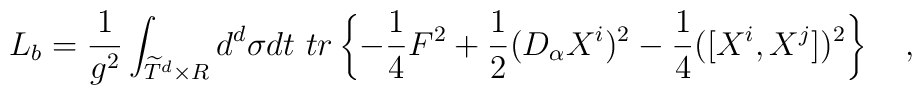
L_b = {1\over {g^2}} \int_{\widetilde{T}^d\times R} d^d\sigma dt\ tr \left \{-{1\over4} F^2 + {1\over2} (D_\alpha X^i)^2 -{1\over4} ([X^i,X^j])^2\right \} \quad,